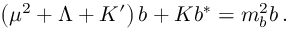
\left( \mu ^ { 2 } + \Lambda + K ^ { \prime } \right) b + K b ^ { * } = m _ { b } ^ { 2 } b \, .